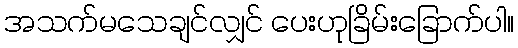
အသက်မသေချင်လျှင် ပေးဟုခြိမ်းခြောက်ပါ။